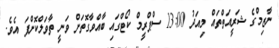
ނާޒިމްގެ ޝަރީއަތްތައް މިއަދު 13:00 ސްޕްރީމް ކޯޓްގައި ބާއްވާގޮތަށް ވަނީ ތާވަލްކޮށްފަ އެވެ.